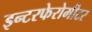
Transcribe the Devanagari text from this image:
इन्टरफेरोमीटर